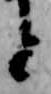
と